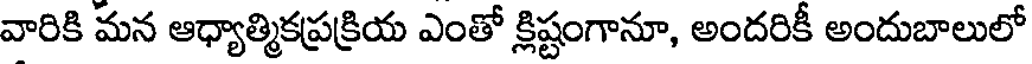
వారికి మన ఆధ్యాత్మికప్రక్రియ ఎంతో క్లిష్టంగానూ, అందరికీ అందుబాలులో